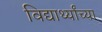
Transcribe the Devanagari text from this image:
विद्यार्थ्‍यांच्‍या